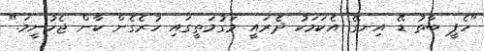
"ހެޕީ ބާތު ޑޭ އިނގޭ އެކަމަކު ދެރައީ މަގުމަތީގަައި ހުރެގެން ކާން ޖެހުނީމަ."